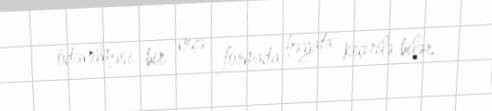
ödənilməsi bir neçə formada həyata keçirilə bilər.